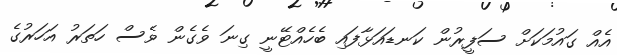
އެއް ގައުމަކަށް ސަފީރުން ކަނޑައަޅާފައި ބެހެއްޓޭނީ ގިނަ ވެގެން ވެސް ހަތަރު އަހަރުގެ